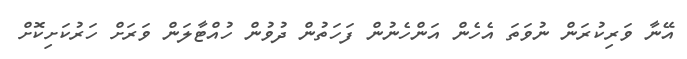
އޭނާ ވަރިކުރަން ނުވަތަ އެހެން އަންހެނުން ފަހަތުން ދުވުން ހުއްޓާލަން ވަރަށް ހަރުކަށިކޮށް